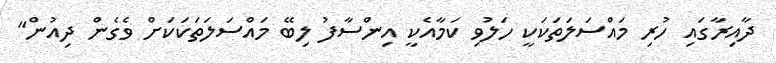
ދާއިރާގައި ހުރި މައްސަލަތަކަކީ ހަލުވި ކަމާއެކީ އިންސާފު ލިބޭ މައްސަލަތަކަކަށް ވެގެން ދިއުން"